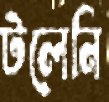
টলেনি